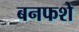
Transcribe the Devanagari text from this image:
बनफशे